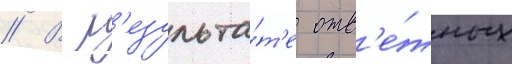
// В р'езульта́т'е отв'е́тных